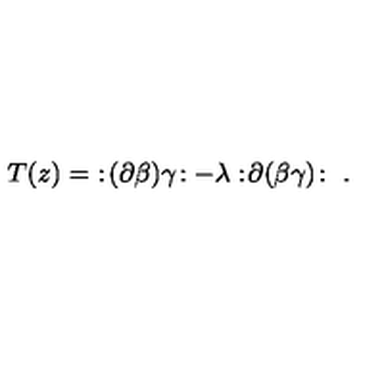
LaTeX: T ( z ) = \ : \! ( \partial \beta ) \gamma \! : - \lambda : \! \partial ( \beta \gamma ) \! : \ .